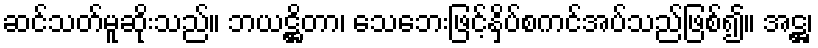
ဆင်သတ်မူဆိုးသည်။ ဘယဋ္ဌိတာ၊ သေဘေးဖြင့်နှိပ်စကင်အပ်သည်ဖြစ်၍။ အဋ္ဌ၊